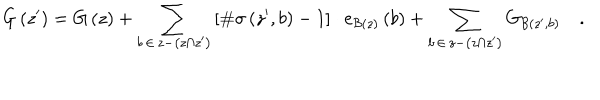
G \left( z ^ { \prime } \right) = G \left( z \right) + \sum _ { b \, \in \, z - \left( z \cap z ^ { \prime } \right) } \left[ \# \sigma \left( z ^ { \prime } , b \right) - 1 \right] \cdot e _ { { \cal B } \left( z \right) } \left( b \right) + \sum _ { b \, \in \, z - \left( z \cap z ^ { \prime } \right) } G _ { { \cal B } \left( z ^ { \prime } , b \right) } \quad .